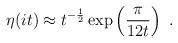
LaTeX: \begin{align*}\eta (it) \approx t^{-\frac{1}{2}} \exp\left(\frac{\pi}{12 t}\right)~.\end{align*}